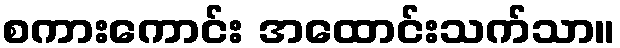
စကားကောင်း အထောင်းသက်သာ။